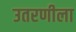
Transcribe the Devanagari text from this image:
उतरणीला